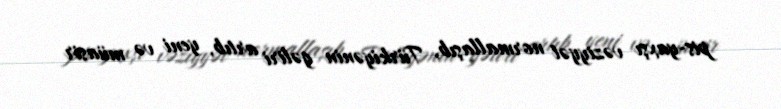
pis-yaxşı vəziyyət normallaşıb, Türkiyənin gəliri artıb, yeni və müasir